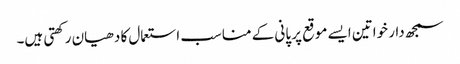
سمجھ دار خواتین ایسے موقع پر پانی کے مناسب استعمال کا دھیان رکھتی ہیں۔